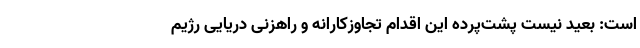
است: بعید نیست پشت‌پرده این اقدام تجاوزکارانه و راهزنی دریایی رژیم